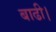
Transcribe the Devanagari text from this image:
बाढी।